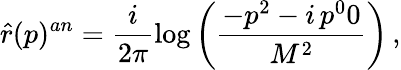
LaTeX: \hat{r}(p)^{an}=\frac{i}{2\pi}\log\left(\frac{-p^{2}-i\, p^{0}0}{M^{2}}\right)\, ,